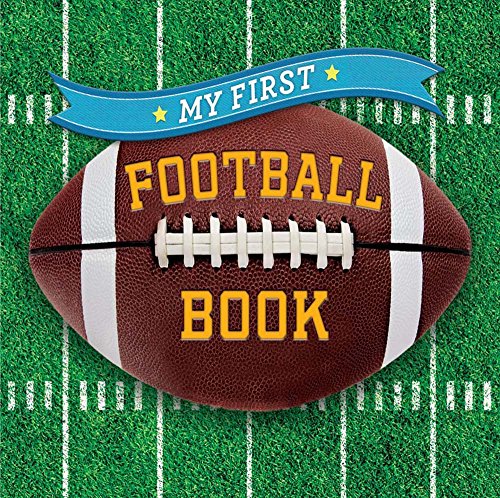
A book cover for My First Football Book (First Sports); Sterling Children's; Children's Books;